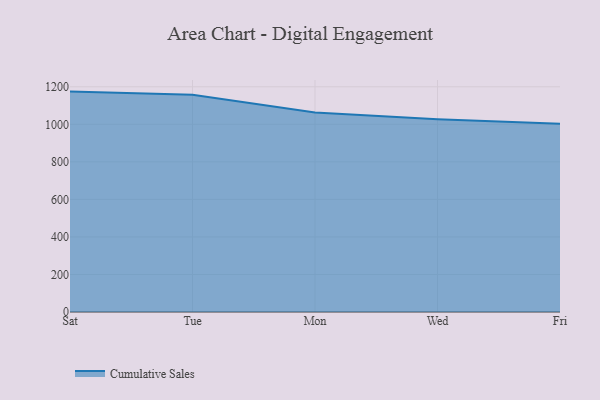
{"axis": {"x": "Day", "y": "Inventory Turnover"}, "legend": ["Cumulative Sales"], "data": [{"x": "Sat", "y": 1174.3, "type": "Cumulative Sales"}, {"x": "Tue", "y": 1158.0, "type": "Cumulative Sales"}, {"x": "Mon", "y": 1063.1, "type": "Cumulative Sales"}, {"x": "Wed", "y": 1026.7, "type": "Cumulative Sales"}, {"x": "Fri", "y": 1003.5, "type": "Cumulative Sales"}]}